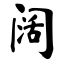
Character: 阔